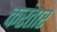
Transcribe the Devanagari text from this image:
करंतार